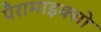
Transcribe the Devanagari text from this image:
पैरामाइक्सो